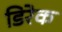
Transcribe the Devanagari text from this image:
डिरेक